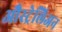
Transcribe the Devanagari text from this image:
औस्ट्रेलिअन